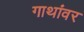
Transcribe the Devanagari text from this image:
गाथांवर